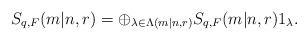
LaTeX: \begin{align*}\begin{aligned}S_{q,F}(m|n,r)=\oplus_{\lambda\in\Lambda(m|n,r)} S_{q,F}(m|n,r) 1_\lambda.\end{aligned}\end{align*}